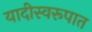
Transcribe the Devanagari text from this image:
यादीस्वरूपात